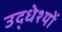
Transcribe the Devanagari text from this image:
उद्धेश्यों